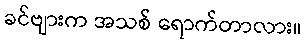
ခင်ဗျားက အသစ် ရောက်တာလား။